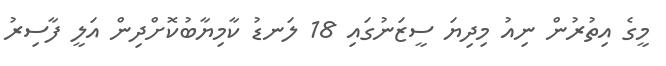
މީގެ އިތުރުން ނިއު މިދިޔަ ސީޒަނުގައި 18 ލަނޑު ކާމިޔާބުކޮށްދިން އަލީ ފާސިރު